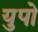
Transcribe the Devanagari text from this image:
युपो